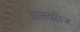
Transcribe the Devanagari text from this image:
आलवरीज